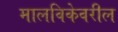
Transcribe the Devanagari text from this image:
मालविकेवरील